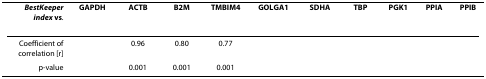
<table><thead><tr><td><b><i>BestKeeper index </i>vs.</b></td><td><b>GAPDH</b></td><td><b>ACTB</b></td><td><b>B2M</b></td><td><b>TMBIM4</b></td><td><b>GOLGA1</b></td><td><b>SDHA</b></td><td><b>TBP</b></td><td><b>PGK1</b></td><td><b>PPIA</b></td><td><b>PPIB</b></td></tr></thead><tbody><tr><td>Coefficient of correlation [r]</td><td>[EMPTY_CELL]</td><td>0.96</td><td>0.80</td><td>0.77</td><td>[EMPTY_CELL]</td><td>[EMPTY_CELL]</td><td>[EMPTY_CELL]</td><td>[EMPTY_CELL]</td><td>[EMPTY_CELL]</td><td>[EMPTY_CELL]</td></tr><tr><td>p-value</td><td>[EMPTY_CELL]</td><td>0.001</td><td>0.001</td><td>0.001</td><td>[EMPTY_CELL]</td><td>[EMPTY_CELL]</td><td>[EMPTY_CELL]</td><td>[EMPTY_CELL]</td><td>[EMPTY_CELL]</td><td>[EMPTY_CELL]</td></tr></tbody></table>